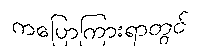
ကပြောကြားရာတွင်